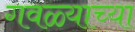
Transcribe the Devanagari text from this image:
गवळ्याच्या